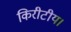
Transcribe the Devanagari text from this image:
किरीटीय।